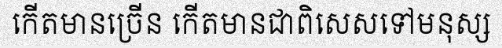
កើតមានច្រើន កើតមានជាពិសេសទៅមនុស្ស